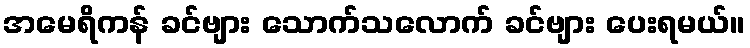
အမေရိကန် ခင်ဗျား သောက်သလောက် ခင်ဗျား ပေးရမယ်။